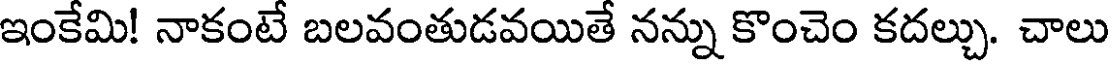
ఇంకేమి! నాకంటే బలవంతుడవయితే నన్ను కొంచెం కదల్చు. చాలు